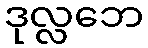
ဒုလ္လဘေ